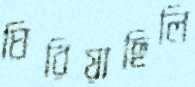
ঘিরিয়াছিলি